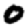
Digit: 0